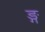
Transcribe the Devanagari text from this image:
ङ्ग